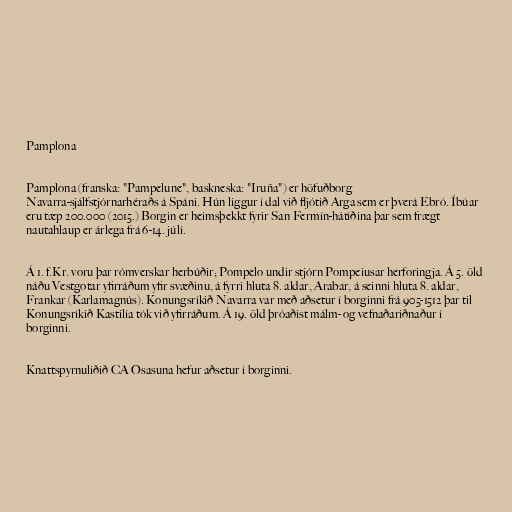
Pamplona

Pamplona (franska: "Pampelune", baskneska: "Iruña") er höfuðborg
Navarra-sjálfstjórnarhéraðs á Spáni. Hún liggur í dal við fljótið Arga sem er þverá Ebró. Íbúar
eru tæp 200.000 (2015.) Borgin er heimsþekkt fyrir San Fermín-hátíðina þar sem frægt
nautahlaup er árlega frá 6-14. júlí.

Á 1. f.Kr. voru þar rómverskar herbúðir; Pompelo undir stjórn Pompeiusar herforingja. Á 5. öld
náðu Vestgotar yfirráðum yfir svæðinu, á fyrri hluta 8. aldar, Arabar, á seinni hluta 8. aldar,
Frankar (Karlamagnús). Konungsríkið Navarra var með aðsetur í borginni frá 905-1512 þar til
Konungsríkið Kastilía tók við yfirráðum. Á 19. öld þróaðist málm- og vefnaðariðnaður í
borginni.

Knattspyrnuliðið CA Osasuna hefur aðsetur í borginni.